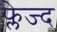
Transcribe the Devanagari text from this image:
फ्लेज्द